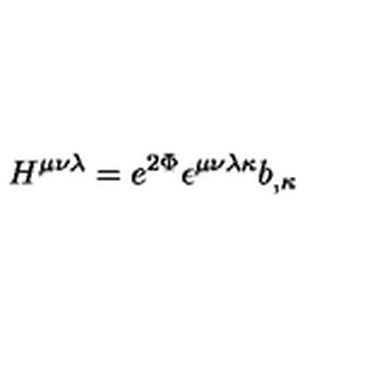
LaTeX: H ^ { \mu \nu \lambda } = e ^ { 2 \Phi } \epsilon ^ { \mu \nu \lambda \kappa } b _ { , \kappa }